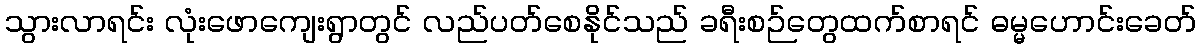
သွားလာရင်း လုံးဖောကျေးရွာတွင် လည်ပတ်စေနိုင်သည် ခရီးစဉ်တွေထက်စာရင် ဓမ္မဟောင်းခေတ်